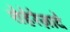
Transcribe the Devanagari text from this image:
शेहेरेज़ादे